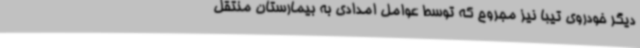
دیگر خودروی تیبا نیز مجروح که توسط عوامل امدادی به بیمارستان منتقل